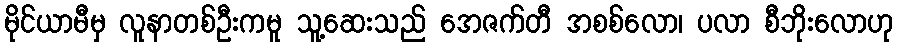
မိုင်ယာမီမှ လူနာတစ်ဦးကမူ သူ့ဆေးသည် အေဇက်တီ အစစ်လော၊ ပလာ စီဘိုးလောဟု